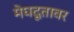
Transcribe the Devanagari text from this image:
मेघदूतावर